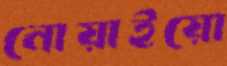
নোয়াইয়ো